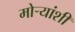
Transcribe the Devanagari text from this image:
मोर्‍यांशी